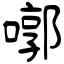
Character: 㗥